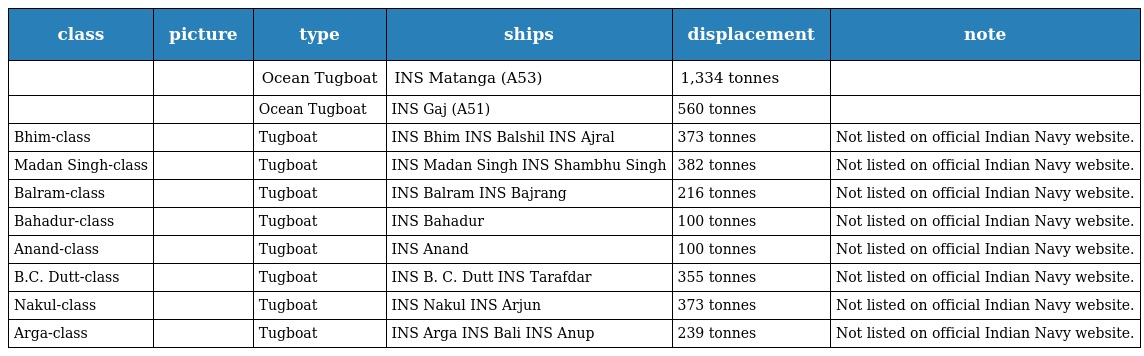
| class | picture | type | ships | displacement | note |
 | --- | --- | --- | --- | --- | --- |
 |  |  | Ocean Tugboat | INS Matanga (A53) | 1,334 tonnes |  |
 |  |  | Ocean Tugboat | INS Gaj (A51) | 560 tonnes |  |
 | Bhim-class |  | Tugboat | INS Bhim INS Balshil INS Ajral | 373 tonnes | Not listed on official Indian Navy website. |
 | Madan Singh-class |  | Tugboat | INS Madan Singh INS Shambhu Singh | 382 tonnes | Not listed on official Indian Navy website. |
 | Balram-class |  | Tugboat | INS Balram INS Bajrang | 216 tonnes | Not listed on official Indian Navy website. |
 | Bahadur-class |  | Tugboat | INS Bahadur | 100 tonnes | Not listed on official Indian Navy website. |
 | Anand-class |  | Tugboat | INS Anand | 100 tonnes | Not listed on official Indian Navy website. |
 | B.C. Dutt-class |  | Tugboat | INS B. C. Dutt INS Tarafdar | 355 tonnes | Not listed on official Indian Navy website. |
 | Nakul-class |  | Tugboat | INS Nakul INS Arjun | 373 tonnes | Not listed on official Indian Navy website. |
 | Arga-class |  | Tugboat | INS Arga INS Bali INS Anup | 239 tonnes | Not listed on official Indian Navy website. |